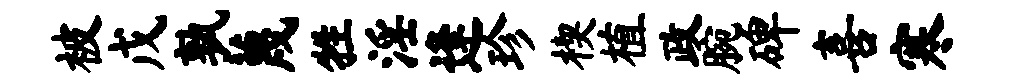
被戊孰蔑牲淫逢珍楔植政腕碑喜寒